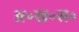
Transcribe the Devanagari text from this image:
अ॰ख॰स॰